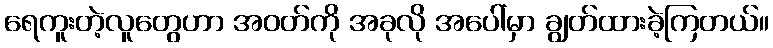
ရေကူးတဲ့လူတွေဟာ အဝတ်ကို အခုလို အပေါ်မှာ ချွတ်ထားခဲ့ကြတယ်။